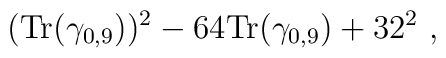
({\mbox {Tr}} (\gamma_{0,9}))^2 - 64 {\mbox {Tr}} (\gamma_{0,9}) + 32^2~,